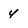
Character: 4